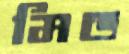
মিড